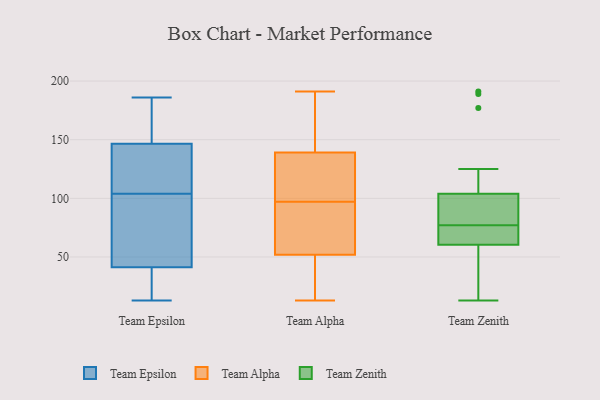
{"axis": {"x": "Operating Costs (USD K)", "y": "Value"}, "legend": ["Team Alpha", "Team Epsilon", "Team Zenith"], "data": [{"x": "", "y": 111, "type": "Team Epsilon"}, {"x": "", "y": 115, "type": "Team Epsilon"}, {"x": "", "y": 145, "type": "Team Epsilon"}, {"x": "", "y": 186, "type": "Team Epsilon"}, {"x": "", "y": 159, "type": "Team Epsilon"}, {"x": "", "y": 44, "type": "Team Epsilon"}, {"x": "", "y": 158, "type": "Team Epsilon"}, {"x": "", "y": 49, "type": "Team Epsilon"}, {"x": "", "y": 23, "type": "Team Epsilon"}, {"x": "", "y": 84, "type": "Team Epsilon"}, {"x": "", "y": 120, "type": "Team Epsilon"}, {"x": "", "y": 68, "type": "Team Epsilon"}, {"x": "", "y": 151, "type": "Team Epsilon"}, {"x": "", "y": 104, "type": "Team Epsilon"}, {"x": "", "y": 13, "type": "Team Epsilon"}, {"x": "", "y": 33, "type": "Team Epsilon"}, {"x": "", "y": 16, "type": "Team Epsilon"}, {"x": "", "y": 100, "type": "Team Alpha"}, {"x": "", "y": 44, "type": "Team Alpha"}, {"x": "", "y": 128, "type": "Team Alpha"}, {"x": "", "y": 150, "type": "Team Alpha"}, {"x": "", "y": 190, "type": "Team Alpha"}, {"x": "", "y": 92, "type": "Team Alpha"}, {"x": "", "y": 116, "type": "Team Alpha"}, {"x": "", "y": 186, "type": "Team Alpha"}, {"x": "", "y": 30, "type": "Team Alpha"}, {"x": "", "y": 95, "type": "Team Alpha"}, {"x": "", "y": 98, "type": "Team Alpha"}, {"x": "", "y": 98, "type": "Team Alpha"}, {"x": "", "y": 60, "type": "Team Alpha"}, {"x": "", "y": 13, "type": "Team Alpha"}, {"x": "", "y": 96, "type": "Team Alpha"}, {"x": "", "y": 191, "type": "Team Alpha"}, {"x": "", "y": 171, "type": "Team Alpha"}, {"x": "", "y": 80, "type": "Team Alpha"}, {"x": "", "y": 20, "type": "Team Alpha"}, {"x": "", "y": 41, "type": "Team Alpha"}, {"x": "", "y": 97, "type": "Team Zenith"}, {"x": "", "y": 125, "type": "Team Zenith"}, {"x": "", "y": 76, "type": "Team Zenith"}, {"x": "", "y": 56, "type": "Team Zenith"}, {"x": "", "y": 75, "type": "Team Zenith"}, {"x": "", "y": 77, "type": "Team Zenith"}, {"x": "", "y": 87, "type": "Team Zenith"}, {"x": "", "y": 177, "type": "Team Zenith"}, {"x": "", "y": 23, "type": "Team Zenith"}, {"x": "", "y": 95, "type": "Team Zenith"}, {"x": "", "y": 64, "type": "Team Zenith"}, {"x": "", "y": 13, "type": "Team Zenith"}, {"x": "", "y": 36, "type": "Team Zenith"}, {"x": "", "y": 191, "type": "Team Zenith"}, {"x": "", "y": 94, "type": "Team Zenith"}, {"x": "", "y": 62, "type": "Team Zenith"}, {"x": "", "y": 189, "type": "Team Zenith"}]}